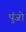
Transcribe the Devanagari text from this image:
पुंजो